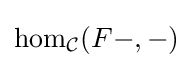
{\text{hom}}_{\mathcal {C}}(F-,-)